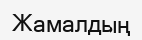
Жамалдың